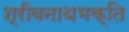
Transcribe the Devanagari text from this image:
श्रीवनाथभक्ति